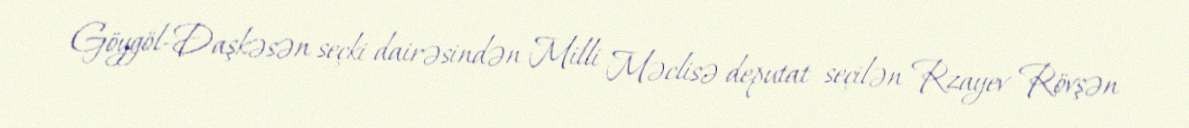
Göygöl-Daşkəsən seçki dairəsindən Milli Məclisə deputat seçilən Rzayev Rövşən